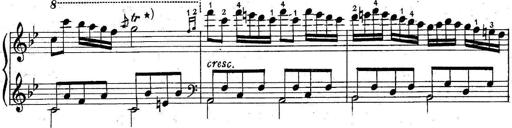
Title: 6 Easy Sonatinas
Composer: Carl Czerny